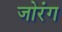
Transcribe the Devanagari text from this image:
जोरंग